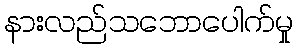
နားလည်သဘောပေါက်မှု